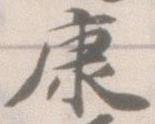
康